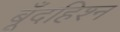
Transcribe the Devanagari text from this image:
बूँदहिश्न